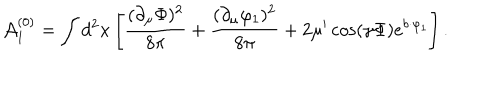
{ \cal A } _ { 1 } ^ { ( 0 ) } = \int d ^ { 2 } x \left[ \frac { ( \partial _ { \mu } \Phi ) ^ { 2 } } { 8 \pi } + \frac { ( \partial _ { \mu } \varphi _ { 1 } ) ^ { 2 } } { 8 \pi } + 2 \mu ^ { \prime } \cos ( \gamma \Phi ) e ^ { b \cdot \varphi _ { 1 } } \right] .